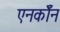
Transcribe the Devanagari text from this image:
एनर्कॉन